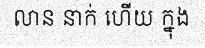
លាន នាក់ ហើយ ក្នុង